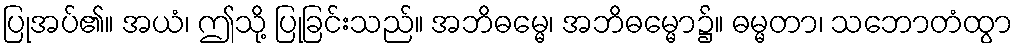
ပြုအပ်၏။ အယံ၊ ဤသို့ ပြုခြင်းသည်။ အဘိဓမ္မေ၊ အဘိဓမ္မော၌။ ဓမ္မတာ၊ သဘောတံထွာ